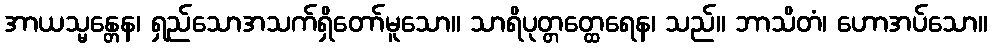
အာယသ္မန္တေန၊ ရှည်သောအသက်ရှိတော်မူသော။ သာရိပုတ္တတ္ထေရေန၊ သည်။ ဘာသိတံ၊ ဟောအပ်သော။